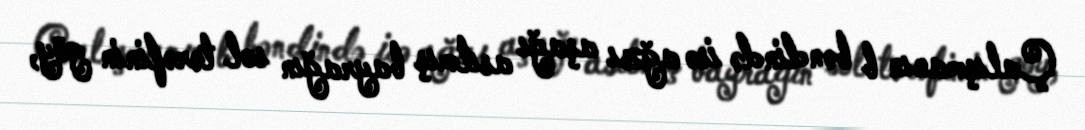
Çalışmanın b bəndində isə ağzı aşağı asılmış bayrağın sol tərəfinin göy,